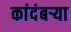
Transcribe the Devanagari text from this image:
कांदंबर्‍या